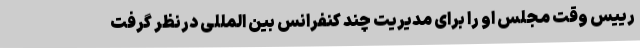
رییس وقت مجلس او را برای مدیریت چند کنفرانس بین المللی درنظر گرفت